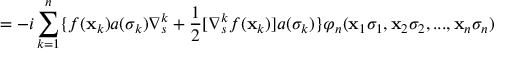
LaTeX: = - i \sum _ { k = 1 } ^ { n } \{ f ( { \bf { x } } _ { k } ) a ( \sigma _ { k } ) \nabla _ { s } ^ { k } + \frac { 1 } { 2 } [ \nabla _ { s } ^ { k } f ( { \bf { x } } _ { k } ) ] a ( \sigma _ { k } ) \} \varphi _ { n } ( { \bf { x } } _ { 1 } \sigma _ { 1 } , { \bf { x } } _ { 2 } \sigma _ { 2 } , . . . , { \bf { x } } _ { n } \sigma _ { n } )